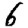
Digit: 6